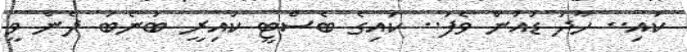
ކައި.. ހާދަ ޑައުން ވެފަ.. ކައިގެ ބެސްޓީ ކައިރީ ބުނެބަ ދެން ވީ